Annual administration report of the Civil Veterinary Department, Ajmere-Merwara, British Rajputana - 1914-1940
Year: 1914
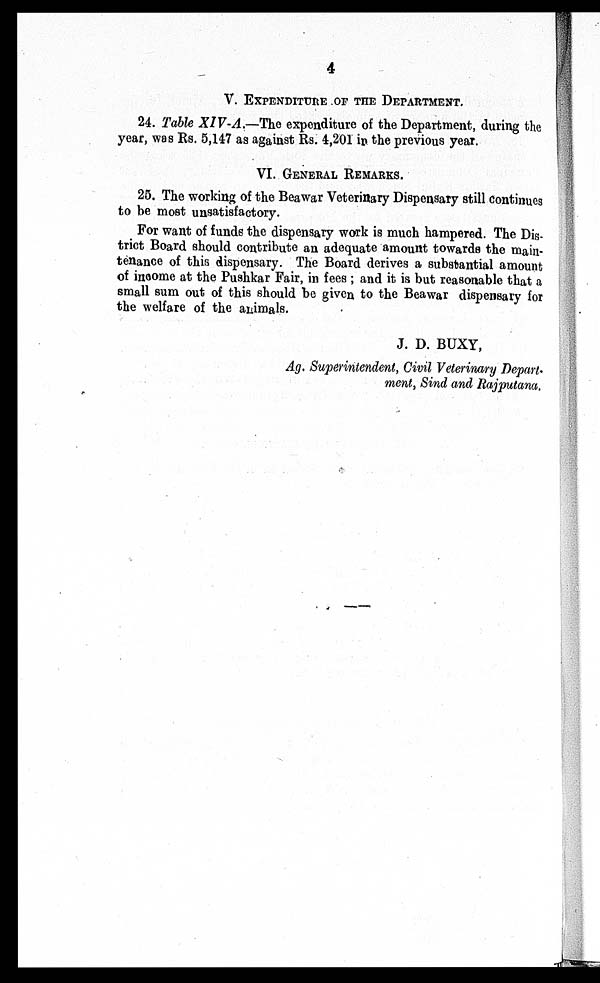
4
V. EXPENDITURE OF THE DEPARTMENT.
24. Table XIV-A.—-The expenditure of the Department, during the
year, was Rs. 5,147 as against Rs. 4,201 in the previous year.
VI. GENERAL REMARKS.
25. The working of the Beawar Veterinary Dispensary still continues
to be most unsatisfactory.
For want of funds the dispensary work is much hampered. The Dis-
trict Board should contribute an adequate amount towards the main-
tenance of this dispensary. The Board derives a substantial amount
of income at the Pushkar Fair, in fees; and it is but reasonable that a
small sum out of this should be given to the Beawar dispensary for
the welfare of the animals.
J. D. BUXY,
Ag. Superintendent, Civil Veterinary Depart-
ment, Sind and Rajputana.